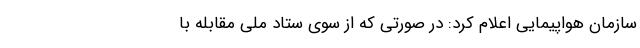
سازمان هواپیمایی اعلام کرد: در صورتی که از سوی ستاد ملی مقابله با